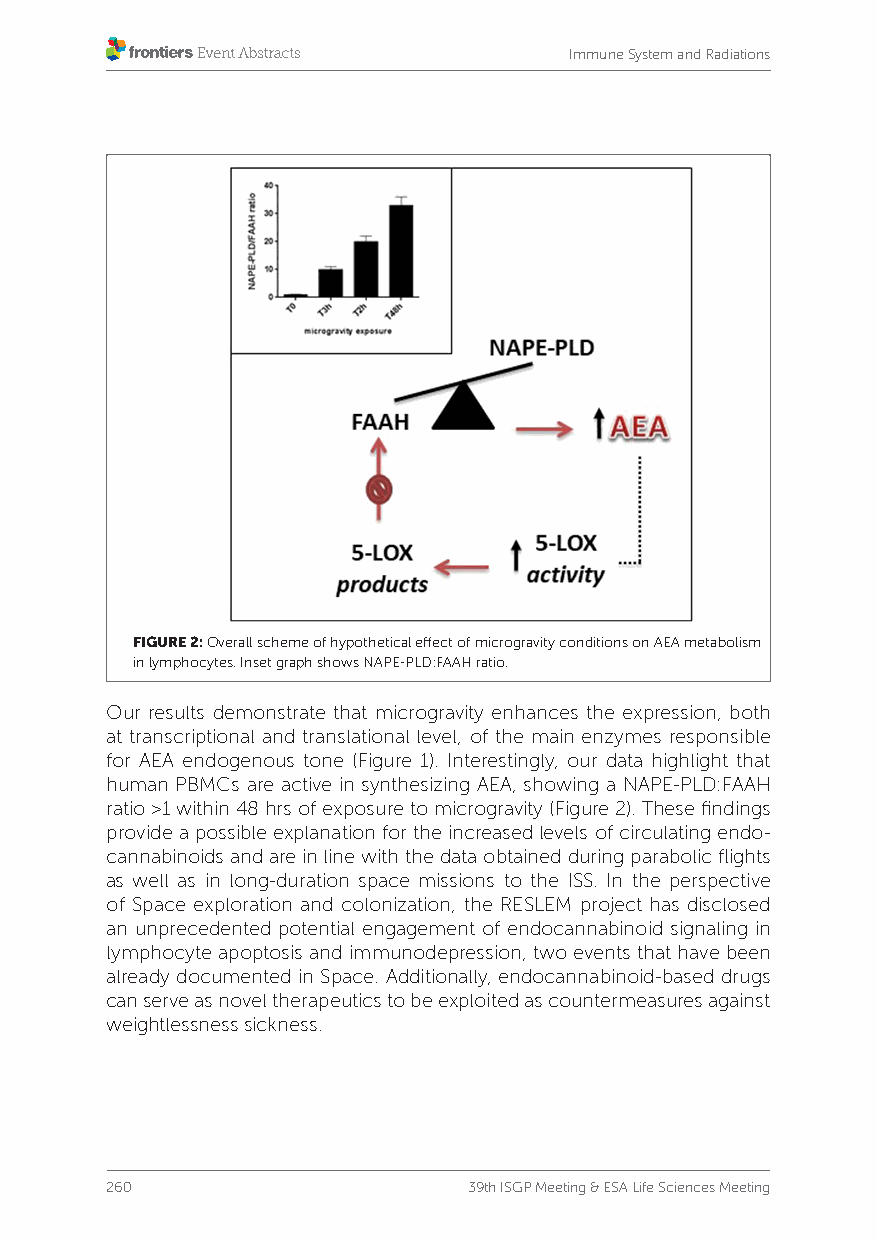
Immune System and Radiations
 FIGURE 2: Overall scheme of hypothetical effect of microgravity conditions on AEA metabolism
 in lymphocytes. Inset graph shows NAPE-PLD:FAAH ratio.
 Our results demonstrate that microgravity enhances the expression, both
 at transcriptional and translational level, of the main enzymes responsible
 for AEA endogenous tone (Figure 1). Interestingly, our data highlight that
 human PBMCs are active in synthesizing AEA, showing a NAPE-PLD:FAAH
 ratio >1 within 48 hrs of exposure to microgravity (Figure 2). These findings
 provide a possible explanation for the increased levels of circulating endo-
 cannabinoids and are in line with the data obtained during parabolic flights
 as well as in long-duration space missions to the ISS. In the perspective
 of Space exploration and colonization, the RESLEM project has disclosed
 an unprecedented potential engagement of endocannabinoid signaling in
 lymphocyte apoptosis and immunodepression, two events that have been
 already documented in Space. Additionally, endocannabinoid-based drugs
 can serve as novel therapeutics to be exploited as countermeasures against
 weightlessness sickness.
 260                     39th ISGP Meeting & ESA Life Sciences Meeting